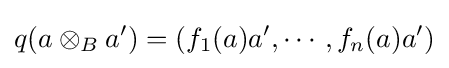
q(a\otimes _{B}a')=(f_{1}(a)a',\cdots ,f_{n}(a)a')